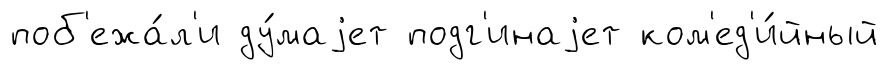
поб'ежа́л'и ду́маjет подг'инаjет ком'ед'и́йный